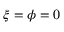
\xi = \phi = 0